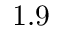
1 . 9